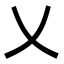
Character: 乂